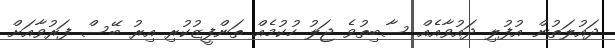
ދައުލަތުން އުފުލި ދައުވާއެއް ސާބިތުވެ ޖަލު ހުކުމެއް ތަންފީޒުކުރި އިރު ބޭސް ފަރުވާއަށް